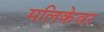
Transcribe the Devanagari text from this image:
मलिकेवर